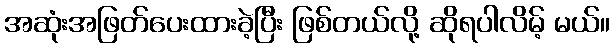
အဆုံးအဖြတ်ပေးထားခဲ့ပြီး ဖြစ်တယ်လို့ ဆိုရပါလိမ့် မယ်။